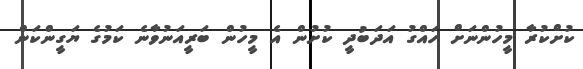
ކުށްކުރާ މީހުންނަށް ހައްގު އަދަބުދީ ކުށުން އެ މީހުން ބަރީއަނުވާނެ ކަމުގެ ޔަގީންކަން